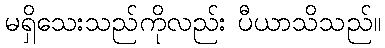
မရှိသေးသည်ကိုလည်း ပီယာသိသည်။